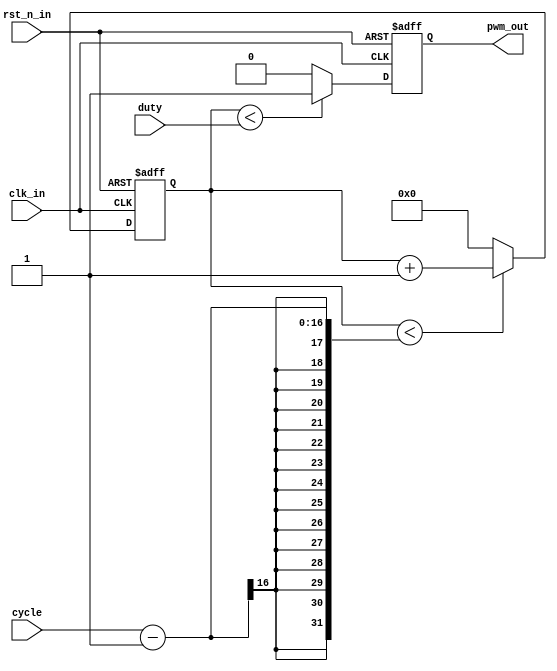
module PWM #
(
parameter	WIDTH = 16	//ensure that 2**WIDTH > cycle
)
(
input					clk_in,
input					rst_n_in,
input		[WIDTH-1:0]	cycle,	//cycle > duty
input		[WIDTH-1:0]	duty,	//duty < cycle
output					pwm_out
);

reg   [WIDTH-1:0] cnt;

reg   wave;           


always @(posedge clk_in or negedge rst_n_in)
	begin
	if(!rst_n_in)
		cnt <= 0;
	else if(cnt<cycle-1)   
		cnt <= cnt + 1;
	else 
		cnt <= 0;
	end
	
always @(posedge clk_in or negedge rst_n_in)
	begin
	if(!rst_n_in) 
             
	wave <= 0;
	else if(cnt<duty)
		wave <= 1;
	else 
	wave <= 0;
	
	end

assign  pwm_out = wave;   

endmodule